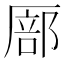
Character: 𫨚